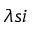
\lambda s i